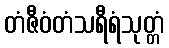
တံဇီဝံတံသရီရံသုတ္တံ